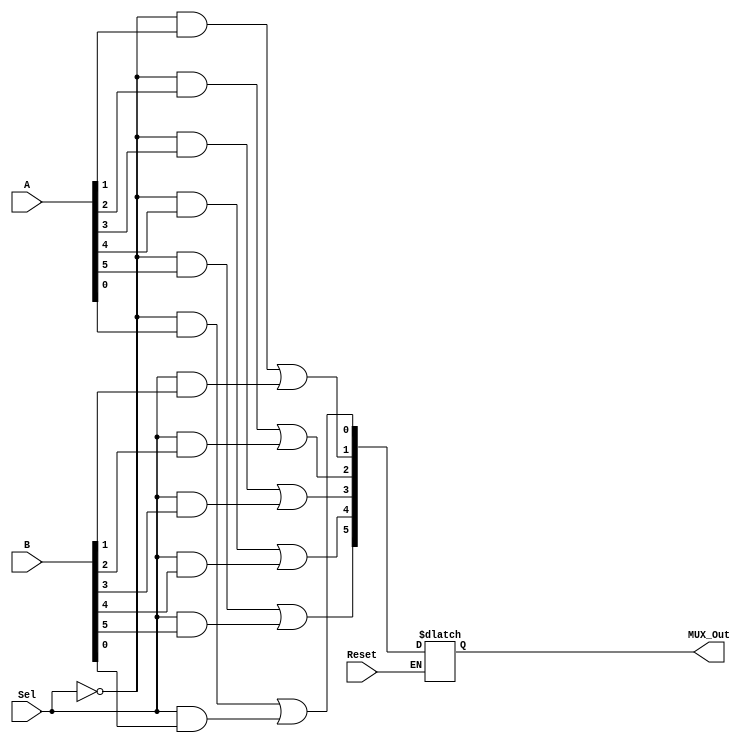
module MUX_Six_Bit(A,B,Sel,MUX_Out,Reset);
	input [5:0] A,B;
	input Sel, Reset;
	output reg [5:0] MUX_Out;
	always @(*)
	begin
		if(Reset)
		begin
			MUX_Out[0] = (~Sel && A[0]) || (Sel && B[0]);
			MUX_Out[1] = (~Sel && A[1]) || (Sel && B[1]);
			MUX_Out[2] = (~Sel && A[2]) || (Sel && B[2]);
			MUX_Out[3] = (~Sel && A[3]) || (Sel && B[3]);
			MUX_Out[4] = (~Sel && A[4]) || (Sel && B[4]);
			MUX_Out[5] = (~Sel && A[5]) || (Sel && B[5]);
		end
	end
endmodule